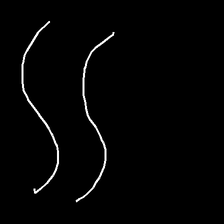
Glyph: float